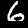
Label: 6